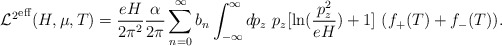
\begin{align*}{{\cal L}^2}^{\rm eff}(H,\mu,T)= \frac{eH}{2\pi^2} \frac{\alpha}{2\pi} \sum_{n=0}^\infty b_n \int_{-\infty}^\infty d\! p_{z}~p_{z} [\ln (\frac{p_{z}^2}{eH})+1] ~(f_+(T) + f_-(T)). \end{align*}